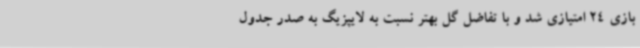
بازی 24 امتیازی شد و با تفاضل گل بهتر نسبت به لایپزیگ به صدر جدول